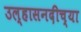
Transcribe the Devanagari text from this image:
उल्हासनदीच्या